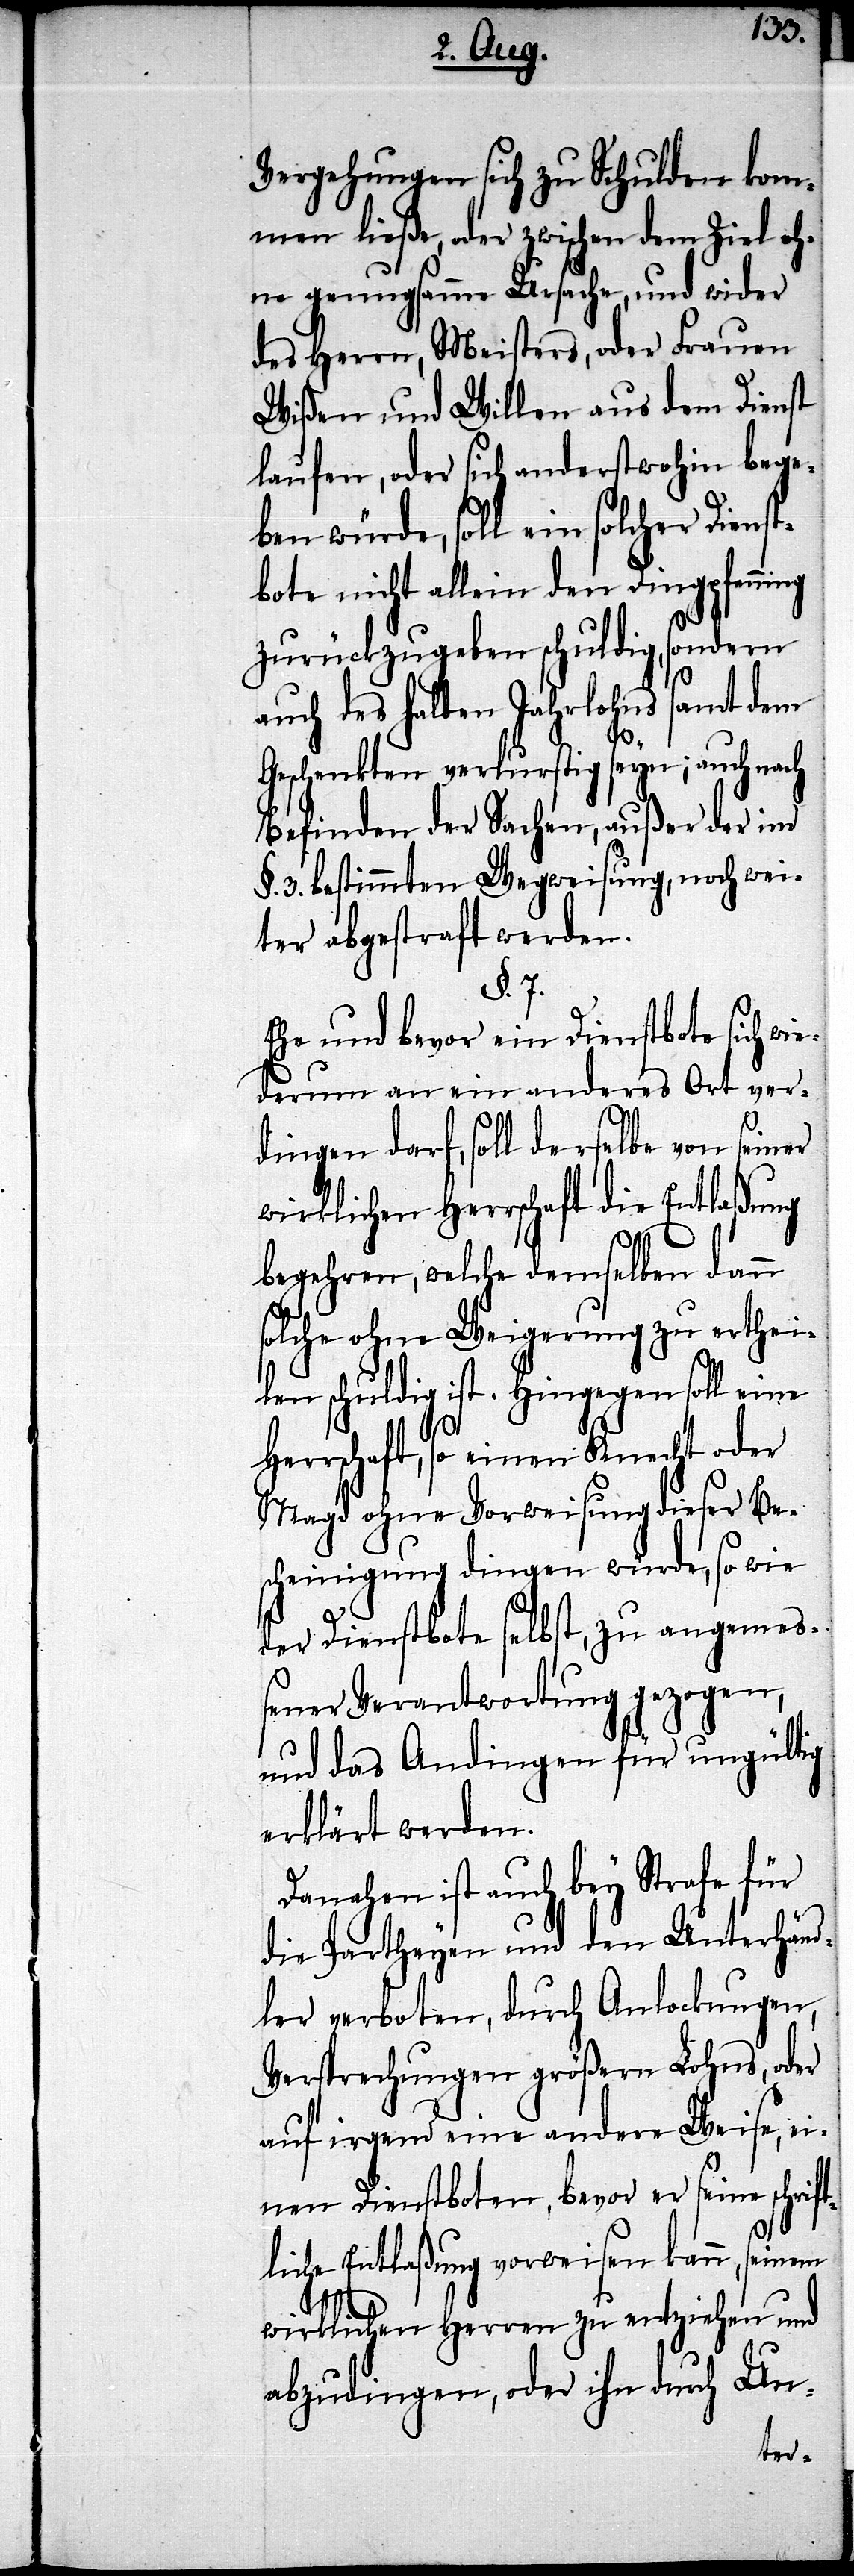
Vergehungen sich zu Schulden kom¬
men ließe, oder zwischen dem Ziel oh¬
ne genugsame Ursache, und wider
des Herrn, Meisters, oder Frauen
Wißen und Willen aus dem Dienst
laufen, oder sich anderstwohin bege¬
ben würde, soll ein solcher Dienst¬
bote nicht allein den Dingpfenning
zurückzugeben schuldig, sondern
des halben Jahreslohns samt
Geschenkten verlustig seyn; auch nach
Befinden der Sachen, außer der im
§. 3. bestimmten Wegweisung, noch wei¬
ter abgestraft werden.
§. 7.
Ehe und bevor ein Dienstbote sich wi¬
ederum an ein anderes Ort ver¬
dingen darf, soll derselbe von seiner
wirklichen Herrschaft die Entlaßung
begehren, welche demselben dann
solche ohne Weigerung zu erthei¬
len schuldig ist. Hingegen soll eine
rschaft, so einen Knecht oder
Magd ohne Vorweisung dieser Be¬
scheinigung dingen würde, so wie
der Dienstbote selbst, zu angemeß¬
ener Verantwortung gezogen,
und das Andingen für ungültig
erklärt werden.
Danahen ist auch bey Strafe für
die Partheyen und den Unterhänd¬
ler verboten, durch Anlockungen,
Versprechungen größern Lohns, oder
auf irgend eine andere Weise, ei¬
nen Dienstboten, bevor er seine schrif¬
tliche Entlaßung vorweisen kann, seinem
wirklichen Herren zu entziehen und
abzudingen, oder ihn durch Un-
Her¬